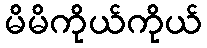
မိမိကိုယ်ကိုယ်